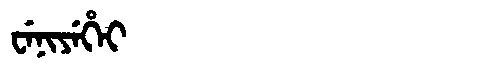
Manchu: ᠸᡝᠨᡳᠶᡝᡥᡝᡳ
Romanization: WENIYEHEI